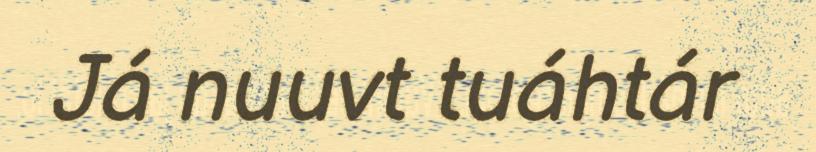
Já nuuvt tuáhtár